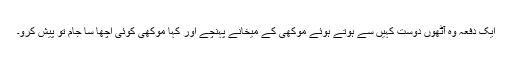
ایک دفعہ وہ آٹھوں دوست کہیں سے ہوتے ہوئے موکھی کے میخانے پہنچے اور کہا موکھی کوئی اچھا سا جام تو پیش کرو۔